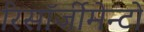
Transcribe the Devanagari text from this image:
रिसॉर्जीमेन्टो